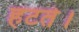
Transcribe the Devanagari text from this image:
हटते।